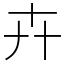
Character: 𠦄